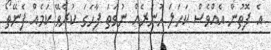
އެ ފޮތުން އެއްވެސް ކަހަލަ ހުނަރެއް ނުވަތަ ފާހަގަ ކުރެވޭ ކަމެއް ފެނޭތޯ